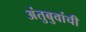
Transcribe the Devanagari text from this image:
अंतुबुवांची